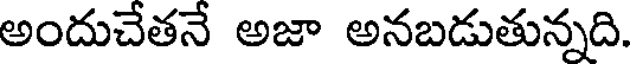
అందుచేతనే అజా అనబడుతున్నది.